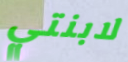
لابنتي